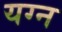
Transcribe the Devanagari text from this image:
यग्न